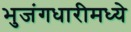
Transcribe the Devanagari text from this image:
भुजंगधारीमध्ये